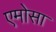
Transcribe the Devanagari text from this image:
एमोसा